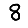
Digit: 8